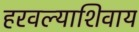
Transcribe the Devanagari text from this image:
हरवल्याशिवाय